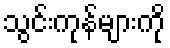
သွင်းကုန်များကို